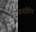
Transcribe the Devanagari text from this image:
पर्यायाव्यतिरिक्त